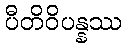
ပီတိဝိပန္နဿ